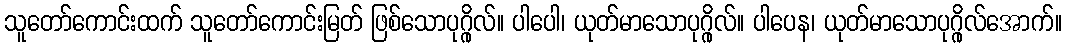
သူတော်ကောင်းထက် သူတော်ကောင်းမြတ် ဖြစ်သောပုဂ္ဂိုလ်။ ပါပေါ၊ ယုတ်မာသောပုဂ္ဂိုလ်။ ပါပေန၊ ယုတ်မာသောပုဂ္ဂိုလ်အောက်။